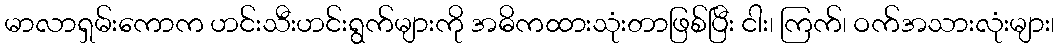
မာလာရှမ်းကောက ဟင်းသီးဟင်းရွက်များကို အဓိကထားသုံးတာဖြစ်ပြီး ငါး၊ ကြက်၊ ဝက်အသားလုံးများ၊